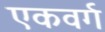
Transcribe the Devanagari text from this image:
एकवर्ग